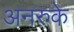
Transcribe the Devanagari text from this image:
अनरुके